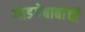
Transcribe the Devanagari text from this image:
गाडगेबाबांची